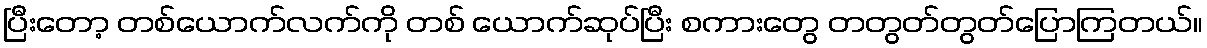
ပြီးတော့ တစ်ယောက်လက်ကို တစ် ယောက်ဆုပ်ပြီး စကားတွေ တတွတ်တွတ်ပြောကြတယ်။